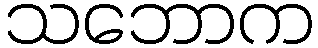
သဘောက